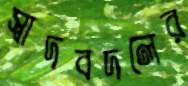
স্বাদবদলের